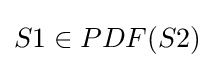
S1\in PDF(S2)